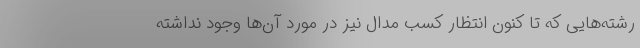
رشته‌هایی که تا کنون انتظار کسب مدال نیز در مورد آن‌ها وجود نداشته